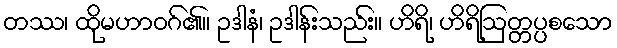
တဿ၊ ထိုမဟာဝဂ်၏။ ဥဒါနံ၊ ဥဒါန်းသည်း။ ဟိရိ၊ ဟိရိဩတ္တပ္ပစသော